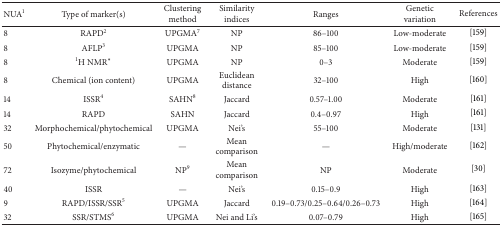
<table><thead><tr><td><b>NUA<sup>1</sup></b></td><td><b>Type of marker(s)</b></td><td><b>Clustering method</b></td><td><b>Similarity indices</b></td><td><b>Ranges</b></td><td><b>Genetic variation</b></td><td><b>References</b></td></tr></thead><tbody><tr><td>8</td><td>RAPD<sup>2</sup></td><td>UPGMA<sup>7</sup></td><td>NP</td><td>86–100</td><td>Low-moderate</td><td>[159]</td></tr><tr><td>8</td><td>AFLP<sup>3</sup></td><td>UPGMA</td><td>NP</td><td>85–100</td><td>Low-moderate</td><td>[159]</td></tr><tr><td>8</td><td><sup>1</sup>H NMR<sup>∗</sup></td><td>UPGMA</td><td>NP</td><td>0–3</td><td>Moderate</td><td>[159]</td></tr><tr><td>8</td><td>Chemical (ion content)</td><td>UPGMA</td><td>Euclidean distance</td><td>32–100</td><td>High</td><td>[160]</td></tr><tr><td>14</td><td>ISSR<sup>4</sup></td><td>SAHN<sup>8</sup></td><td>Jaccard</td><td>0.57–1.00</td><td>Moderate</td><td>[161]</td></tr><tr><td>14</td><td>RAPD</td><td>SAHN</td><td>Jaccard</td><td>0.4–0.97</td><td>High</td><td>[161]</td></tr><tr><td>32</td><td>Morphochemical/phytochemical</td><td>UPGMA</td><td>Nei&#x27;s</td><td>55–100</td><td>Moderate</td><td>[131]</td></tr><tr><td>50</td><td>Phytochemical/enzymatic</td><td>—</td><td>Mean comparison</td><td>—</td><td>High/moderate</td><td>[162]</td></tr><tr><td>72</td><td>Isozyme/phytochemical</td><td>NP<sup>9</sup></td><td>Mean comparison</td><td>NP</td><td>Moderate</td><td>[30]</td></tr><tr><td>40</td><td>ISSR</td><td>—</td><td>Nei&#x27;s</td><td>0.15–0.9</td><td>High</td><td>[163]</td></tr><tr><td>9</td><td>RAPD/ISSR/SSR<sup>5</sup></td><td>UPGMA</td><td>Jaccard</td><td>0.19–0.73/0.25–0.64/0.26–0.73</td><td>High</td><td>[164]</td></tr><tr><td>32</td><td>SSR/STMS<sup>6</sup></td><td>UPGMA</td><td>Nei and Li&#x27;s</td><td>0.07–0.79</td><td>High</td><td>[165]</td></tr></tbody></table>